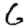
Digit: 6